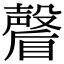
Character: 𭿩